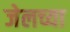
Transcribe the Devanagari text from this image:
जेलच्या